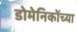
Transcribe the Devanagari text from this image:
डोमेनिकोंच्या